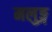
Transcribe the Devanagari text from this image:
मलुङ्ग